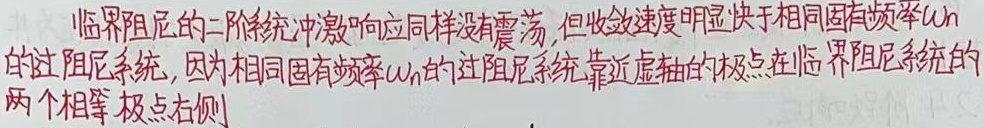
临界阻尼的二阶系统冲激响应同样没有震荡，但收敛速度明显快于相同固有频率$\omega_n$的过阻尼系统，因为相同固有频率$\omega_n$的过阻尼系统靠近虚轴的极点在临界阻尼系统的两个相等极点右侧。